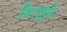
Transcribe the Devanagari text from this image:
चिराइये।